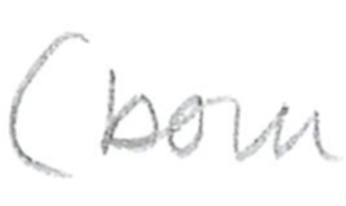
Text: (born
Cross-out: clean
Writing tool: pencil